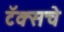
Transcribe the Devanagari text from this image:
टॅक्सचे